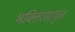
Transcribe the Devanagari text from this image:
भक्तिरसामृत